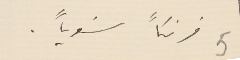
فرنكاً سَنوياً.